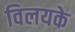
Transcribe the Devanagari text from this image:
विलयके